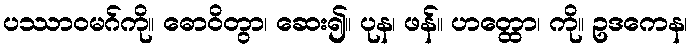
ပဿာဝမဂ်ကို။ ဓောဝိတွာ၊ ဆေး၍။ ပုန၊ ဖန်။ ဟတ္ထော၊ ကို။ ဥဒကေန၊